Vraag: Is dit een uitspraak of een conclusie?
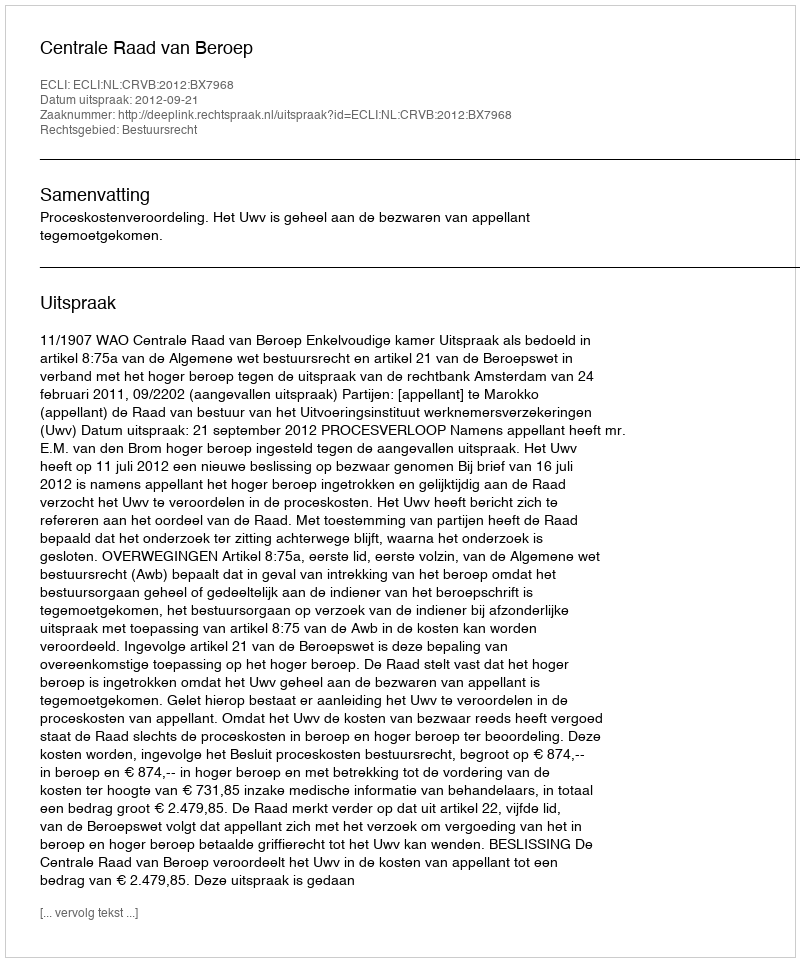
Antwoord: Uitspraak